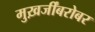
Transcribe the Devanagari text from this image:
मुख़र्जींबरोबर